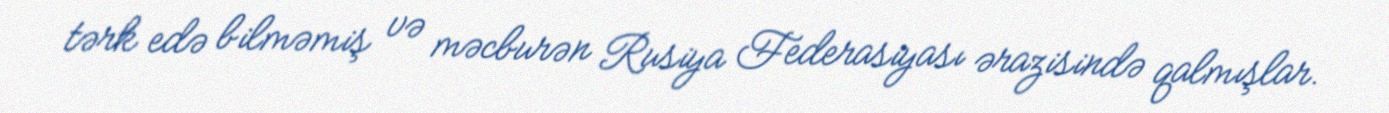
tərk edə bilməmiş və məcburən Rusiya Federasiyası ərazisində qalmışlar.